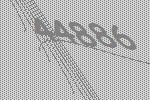
44886